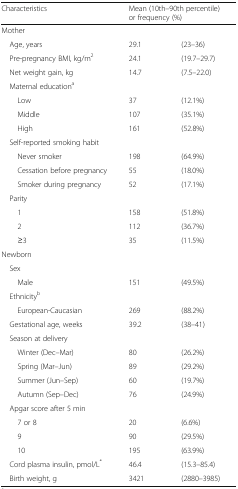
<table><thead><tr><td><b>Characteristics</b></td><td colspan="2"><b>Mean (10th–90th percentile) or frequency (%)</b></td></tr></thead><tbody><tr><td colspan="3">Mother</td></tr><tr><td> Age, years</td><td>29.1</td><td>(23–36)</td></tr><tr><td> Pre-pregnancy BMI, kg/m<sup>2</sup></td><td>24.1</td><td>(19.7–29.7)</td></tr><tr><td> Net weight gain, kg</td><td>14.7</td><td>(7.5–22.0)</td></tr><tr><td colspan="3"> Maternal education<sup>a</sup></td></tr><tr><td>Low</td><td>37</td><td>(12.1%)</td></tr><tr><td>Middle</td><td>107</td><td>(35.1%)</td></tr><tr><td>High</td><td>161</td><td>(52.8%)</td></tr><tr><td colspan="3"> Self-reported smoking habit</td></tr><tr><td>Never smoker</td><td>198</td><td>(64.9%)</td></tr><tr><td>Cessation before pregnancy</td><td>55</td><td>(18.0%)</td></tr><tr><td>Smoker during pregnancy</td><td>52</td><td>(17.1%)</td></tr><tr><td colspan="3"> Parity</td></tr><tr><td>1</td><td>158</td><td>(51.8%)</td></tr><tr><td>2</td><td>112</td><td>(36.7%)</td></tr><tr><td>≥3</td><td>35</td><td>(11.5%)</td></tr><tr><td colspan="3">Newborn</td></tr><tr><td colspan="3"> Sex</td></tr><tr><td>Male</td><td>151</td><td>(49.5%)</td></tr><tr><td colspan="3"> Ethnicity<sup>b</sup></td></tr><tr><td>European-Caucasian</td><td>269</td><td>(88.2%)</td></tr><tr><td> Gestational age, weeks</td><td>39.2</td><td>(38–41)</td></tr><tr><td colspan="3"> Season at delivery</td></tr><tr><td>Winter (Dec–Mar)</td><td>80</td><td>(26.2%)</td></tr><tr><td>Spring (Mar–Jun)</td><td>89</td><td>(29.2%)</td></tr><tr><td>Summer (Jun–Sep)</td><td>60</td><td>(19.7%)</td></tr><tr><td>Autumn (Sep–Dec)</td><td>76</td><td>(24.9%)</td></tr><tr><td colspan="3"> Apgar score after 5 min</td></tr><tr><td>7 or 8</td><td>20</td><td>(6.6%)</td></tr><tr><td>9</td><td>90</td><td>(29.5%)</td></tr><tr><td>10</td><td>195</td><td>(63.9%)</td></tr><tr><td> Cord plasma insulin, pmol/L<sup>*</sup></td><td>46.4</td><td>(15.3–85.4)</td></tr><tr><td> Birth weight, g</td><td>3421</td><td>(2880–3985)</td></tr></tbody></table>